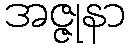
အဇ္ဇုနာ